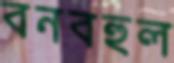
বনবহুল